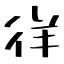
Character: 徉